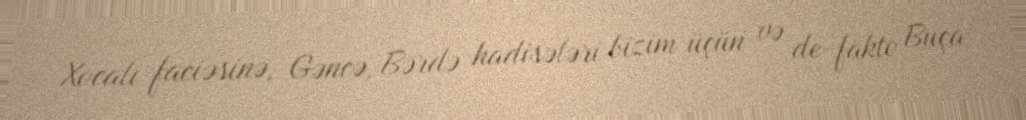
Xocalı faciəsinə, Gəncə, Bərdə hadisələri bizim üçün və de-fakto Buça